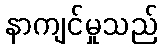
နာကျင်မှုသည်